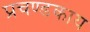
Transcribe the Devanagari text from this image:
प्रचण्डकाय